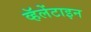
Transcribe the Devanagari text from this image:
व्हॅलेंटाइन